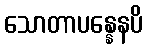
သောတာပန္နေနပိ